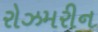
રોઝમરીન